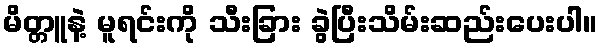
မိတ္တူနဲ့ မူရင်းကို သီးခြား ခွဲပြီးသိမ်းဆည်းပေးပါ။